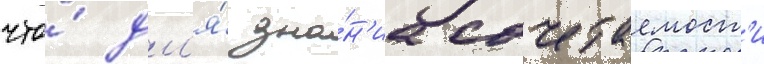
что́ дл'я́ зна́н'иа сочетаемост'и